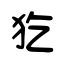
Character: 犵